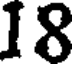
18